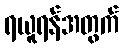
ရယူရန်အတွက်